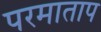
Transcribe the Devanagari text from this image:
परमाताप